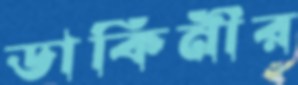
ডাকিনীর